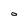
Character: O